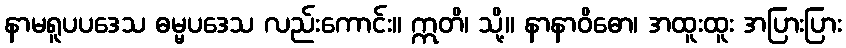
နာမရူပပဒေသ ဓမ္မပဒေသ လည်းကောင်း။ ဣတိ၊ သို့။ နာနာဝိဓော၊ အထူးထူး အပြားပြား